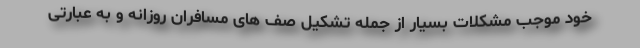
خود موجب مشکلات بسیار از جمله تشکیل صف های مسافران روزانه و به عبارتی